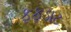
ફફડાટ